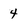
Character: 4